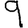
Digit: 9